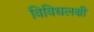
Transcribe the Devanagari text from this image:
विविधलक्षी